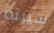
سيرته